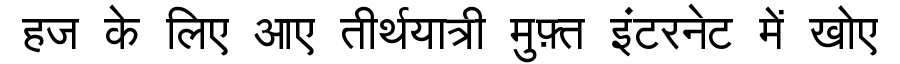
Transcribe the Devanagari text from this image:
हज के लिए आए तीर्थयात्री मुफ़्त इंटरनेट में खोए